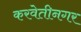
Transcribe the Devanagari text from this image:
करवेतीनगर